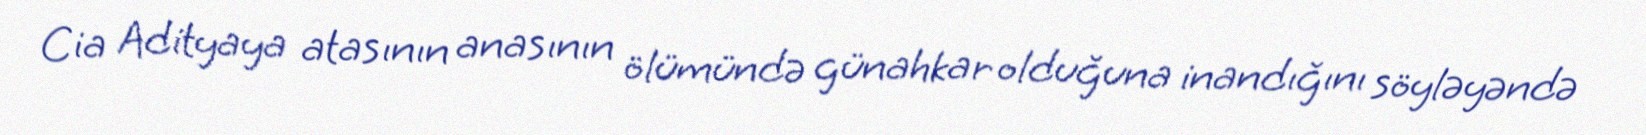
Cia Adityaya atasının anasının ölümündə günahkar olduğuna inandığını söyləyəndə